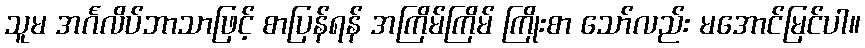
သူမ အင်္ဂလိပ်ဘာသာဖြင့် စာပြန်ရန် အကြိမ်ကြိမ် ကြိုးစာ သော်လည်း မအောင်မြင်ပါ။